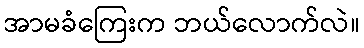
အာမခံကြေးက ဘယ်လောက်လဲ။